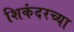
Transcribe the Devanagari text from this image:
शिकंदरच्या